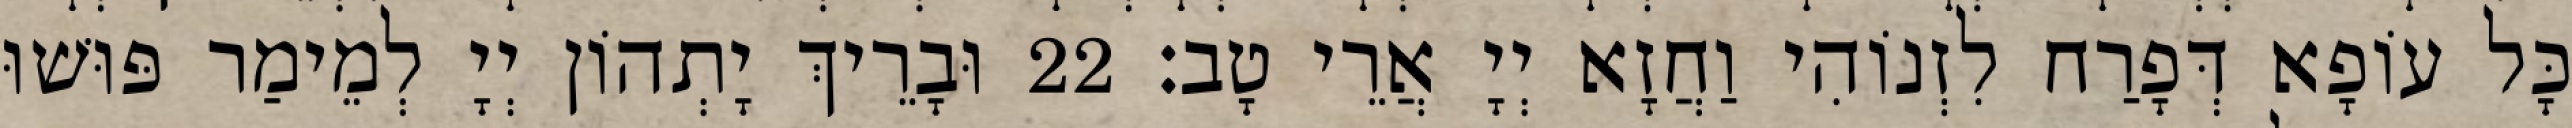
כָּל עוֹפָא דְּפָרַח לִזְנוֹהִי וַחֲזָא יְיָ אֲרֵי טָב׃ 22 וּבָרֵיךְ יָתְהוֹן יְיָ לְמֵימַר פּוּשׁוּ